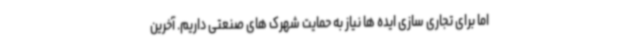
اما برای تجاری سازی ایده ها نیاز به حمایت شهرک های صنعتی داریم. آخرین